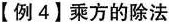
【例4】乘方的除法